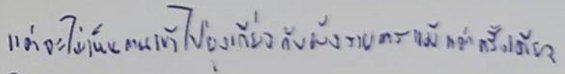
แต่จะไม่เห็นตนเข้าไปยุ่งเกี่ยวกับผังรายการแม้แต่ครั้งเดียว